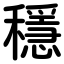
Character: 穩